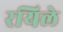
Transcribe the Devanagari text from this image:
रयिले